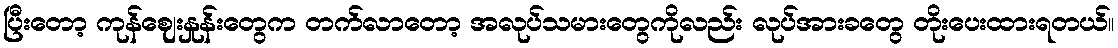
ပြီးတော့ ကုန်ဈေးနှုန်းတွေက တက်လာတော့ အလုပ်သမားတွေကိုလည်း လုပ်အားခတွေ တိုးပေးထားရတယ်။